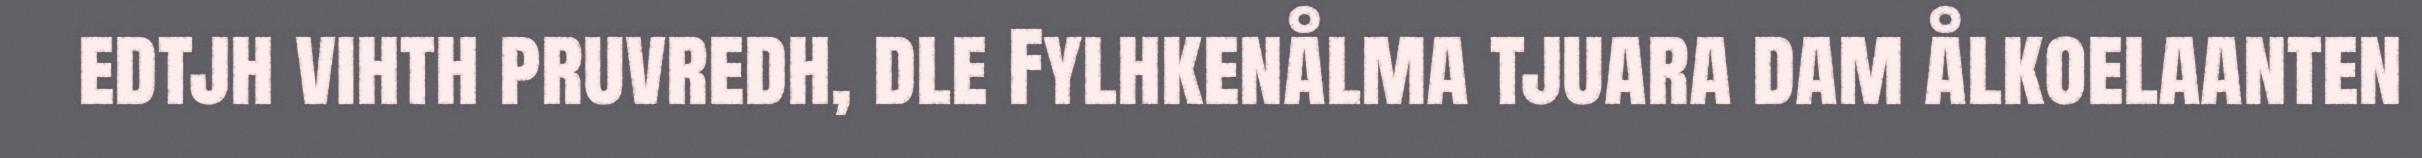
edtjh vihth pruvredh, dle Fylhkenålma tjuara dam ålkoelaanten